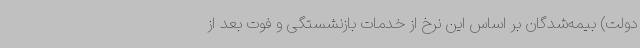
دولت) بیمه‌شدگان بر اساس این نرخ از خدمات بازنشستگی و فوت بعد از